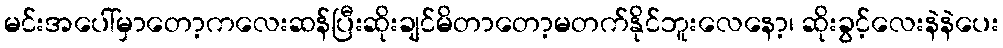
မင်းအပေါ်မှာတော့ကလေးဆန်ပြီးဆိုးချင်မိတာတော့မတက်နိုင်ဘူးလေနော့၊ ဆိုးခွင့်လေးနဲနဲပေး